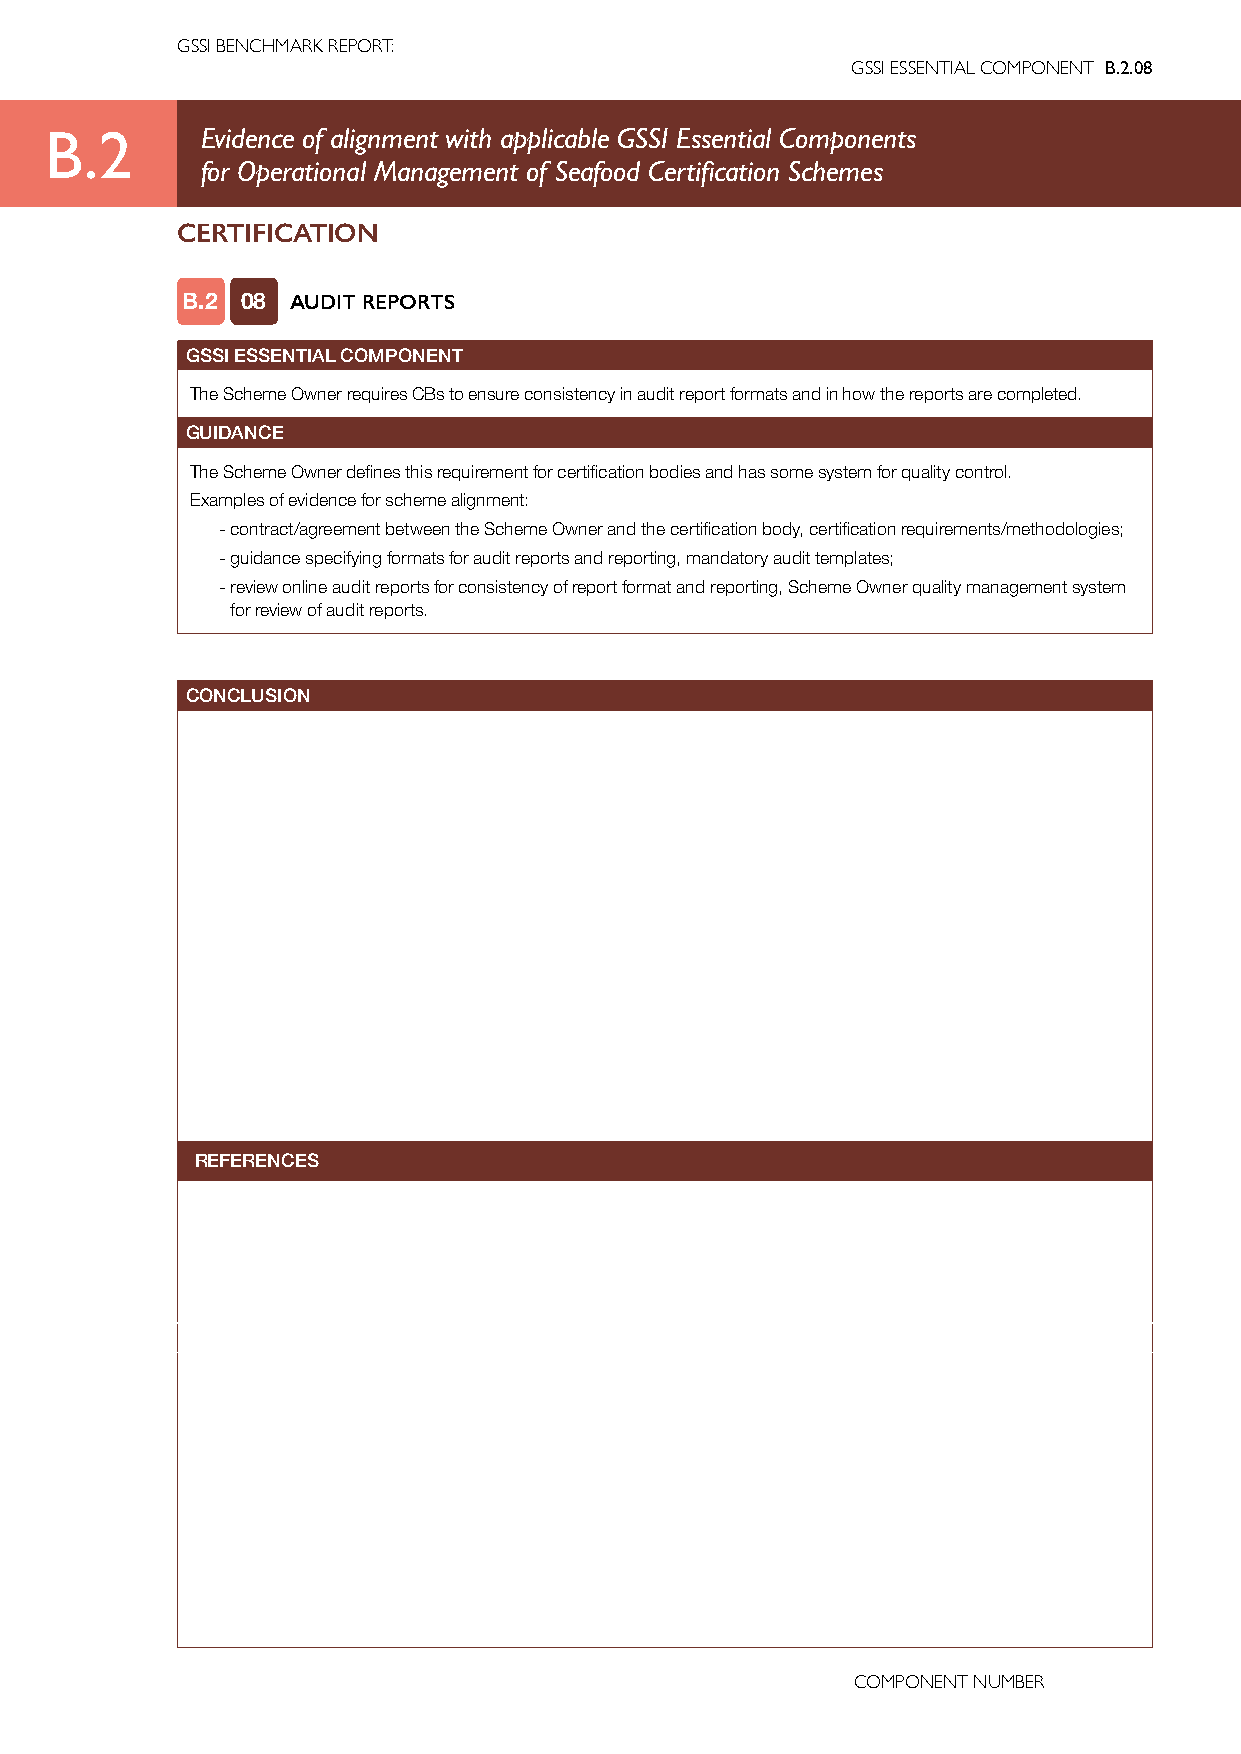
GSSI BENCHMARK REPORT:
 GSSI ESSENTIAL COMPONENT B.2.08
 B.2       Evidence of alignment with applicable GSSI Essential Components
 for Operational Management of Seafood Certification Schemes
 CERTIFICATION
 B.2 08 AUDIT REPORTS
 GSSI ESSENTIAL COMPONENT
 The Scheme Owner requires CBs to ensure consistency in audit report formats and in how the reports are completed.
 GUIDANCE
 The Scheme Owner defines this requirement for certification bodies and has some system for quality control.
 Examples of evidence for scheme alignment:
 - contract/agreement between the Scheme Owner and the certification body, certification requirements/methodologies;
 - guidance specifying formats for audit reports and reporting, mandatory audit templates;
 - review online audit reports for consistency of report format and reporting, Scheme Owner quality management system
 for review of audit reports.
 CONCLUSION
 REFERENCES
 COMPONENT NUMBER